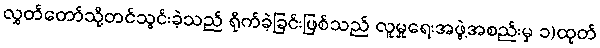
လွှတ်တော်သို့တင်သွင်းခဲ့သည် ရိုက်ခဲ့ခြင်းဖြစ်သည် လူမှုရေးအဖွဲ့အစည်းမှ ၁)ထုတ်